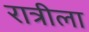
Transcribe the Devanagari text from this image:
रात्रीला